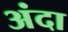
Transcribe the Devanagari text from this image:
अंदा